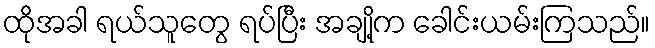
ထိုအခါ ရယ်သူတွေ ရပ်ပြီး အချို့က ခေါင်းယမ်းကြသည်။